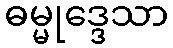
ဓမ္မုဒ္ဒေသာ